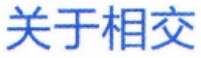
关于相交